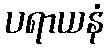
ပရာယနံ